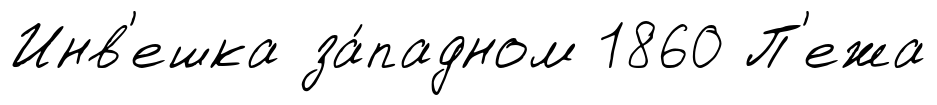
Инв'ешка за́падном 1860 П'ежа